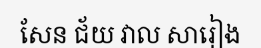
សែន ជ័យ វាល សារៀង